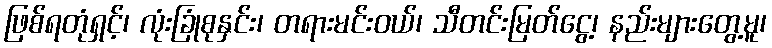
ဖြစ်ရတုံရှင့်၊ လုံးခြုံစုနှင်း၊ တရားမင်းဝယ်၊ သီတင်းမြတ်ငွေ့၊ နည်းများတွေ့မူ၊